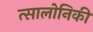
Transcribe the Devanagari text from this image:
त्सालोनिकी